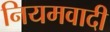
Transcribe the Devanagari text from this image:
नियमवादी